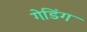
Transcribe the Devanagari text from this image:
गेडिंग